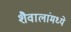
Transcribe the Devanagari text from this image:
शैवालांमध्ये